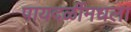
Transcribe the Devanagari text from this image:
पायदळींमधला